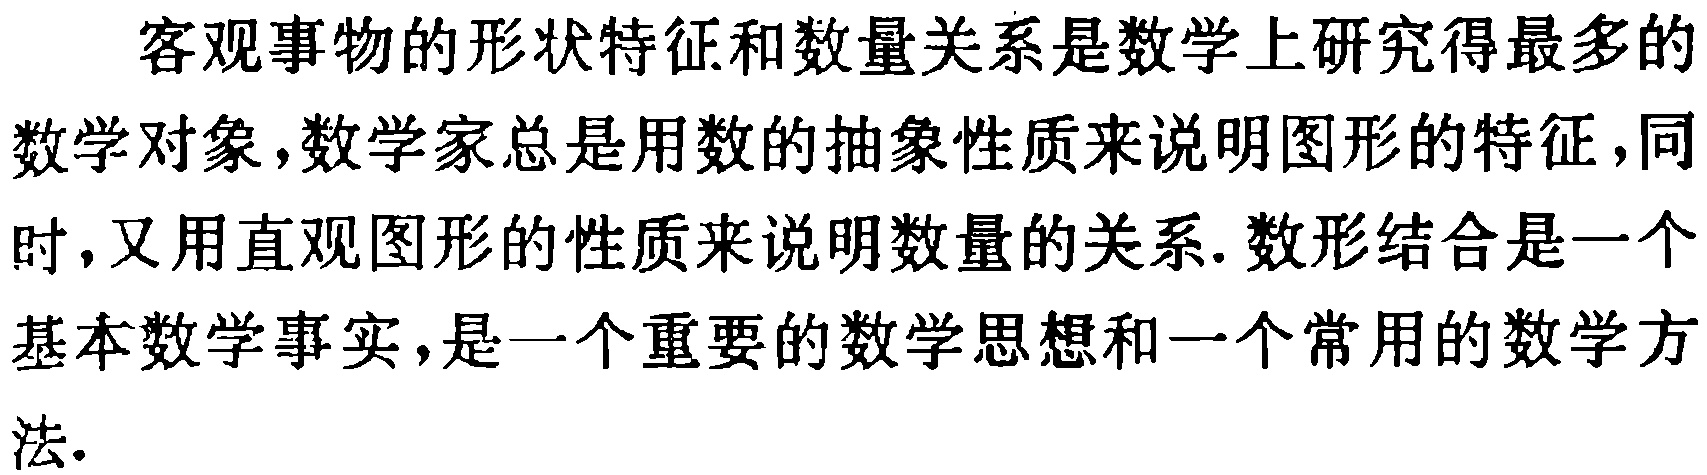
客观事物的形状特征和数量关系是数学上研究得最多的数学对象，数学家总是用数的抽象性质来说明图形的特征，同时，又用直观图形的性质来说明数量的关系. 数形结合是一个基本数学事实，是一个重要的数学思想和一个常用的数学方法.